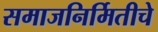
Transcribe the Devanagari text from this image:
समाजनिर्मितीचे